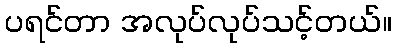
ပရင်တာ အလုပ်လုပ်သင့်တယ်။